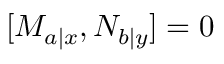
[ M _ { a | x } , N _ { b | y } ] = 0